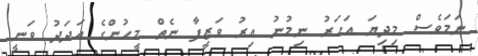
ނަމަވެސް މިދިޔަ އަހަރު ނިމުނު އިރު ވަޒީފާ ނެތް މީހުންގެ އަދަދު ވަނީ